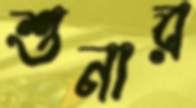
শুনার